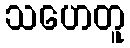
သဟေတူ